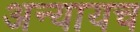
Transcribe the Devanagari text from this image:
अन्यायच